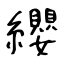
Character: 纓